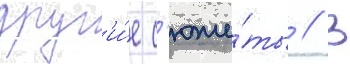
друг'и́е с'юже́ты // В